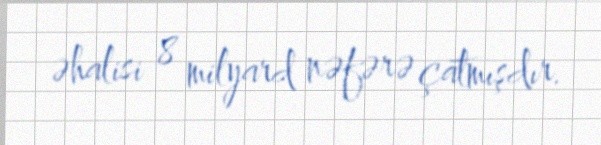
əhalisi 8 milyard nəfərə çatmışdır.